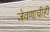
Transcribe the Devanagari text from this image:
जेवणाचीही